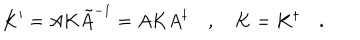
K ^ { \prime } = A K \tilde { A } ^ { - 1 } = A K A ^ { \dagger } \quad , \quad K = K ^ { \dagger } \quad .